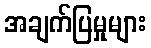
အချက်ပြမှုများ